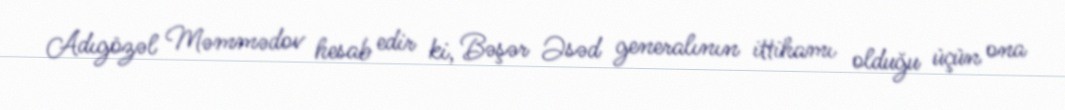
Adıgözəl Məmmədov hesab edir ki, Bəşər Əsəd generalının ittihamı olduğu üçün ona